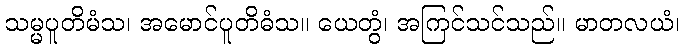
သမ္မပူတိမံသ၊ အမောင်ပူတိဓံသ။ ယေတွံ၊ အကြင်သင်သည်။ မာတလယံ၊